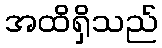
အထိရှိသည်